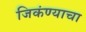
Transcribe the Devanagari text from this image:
जिकंण्याचा